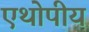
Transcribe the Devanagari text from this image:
एथोपीय